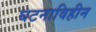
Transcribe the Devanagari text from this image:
घटनाविहीन